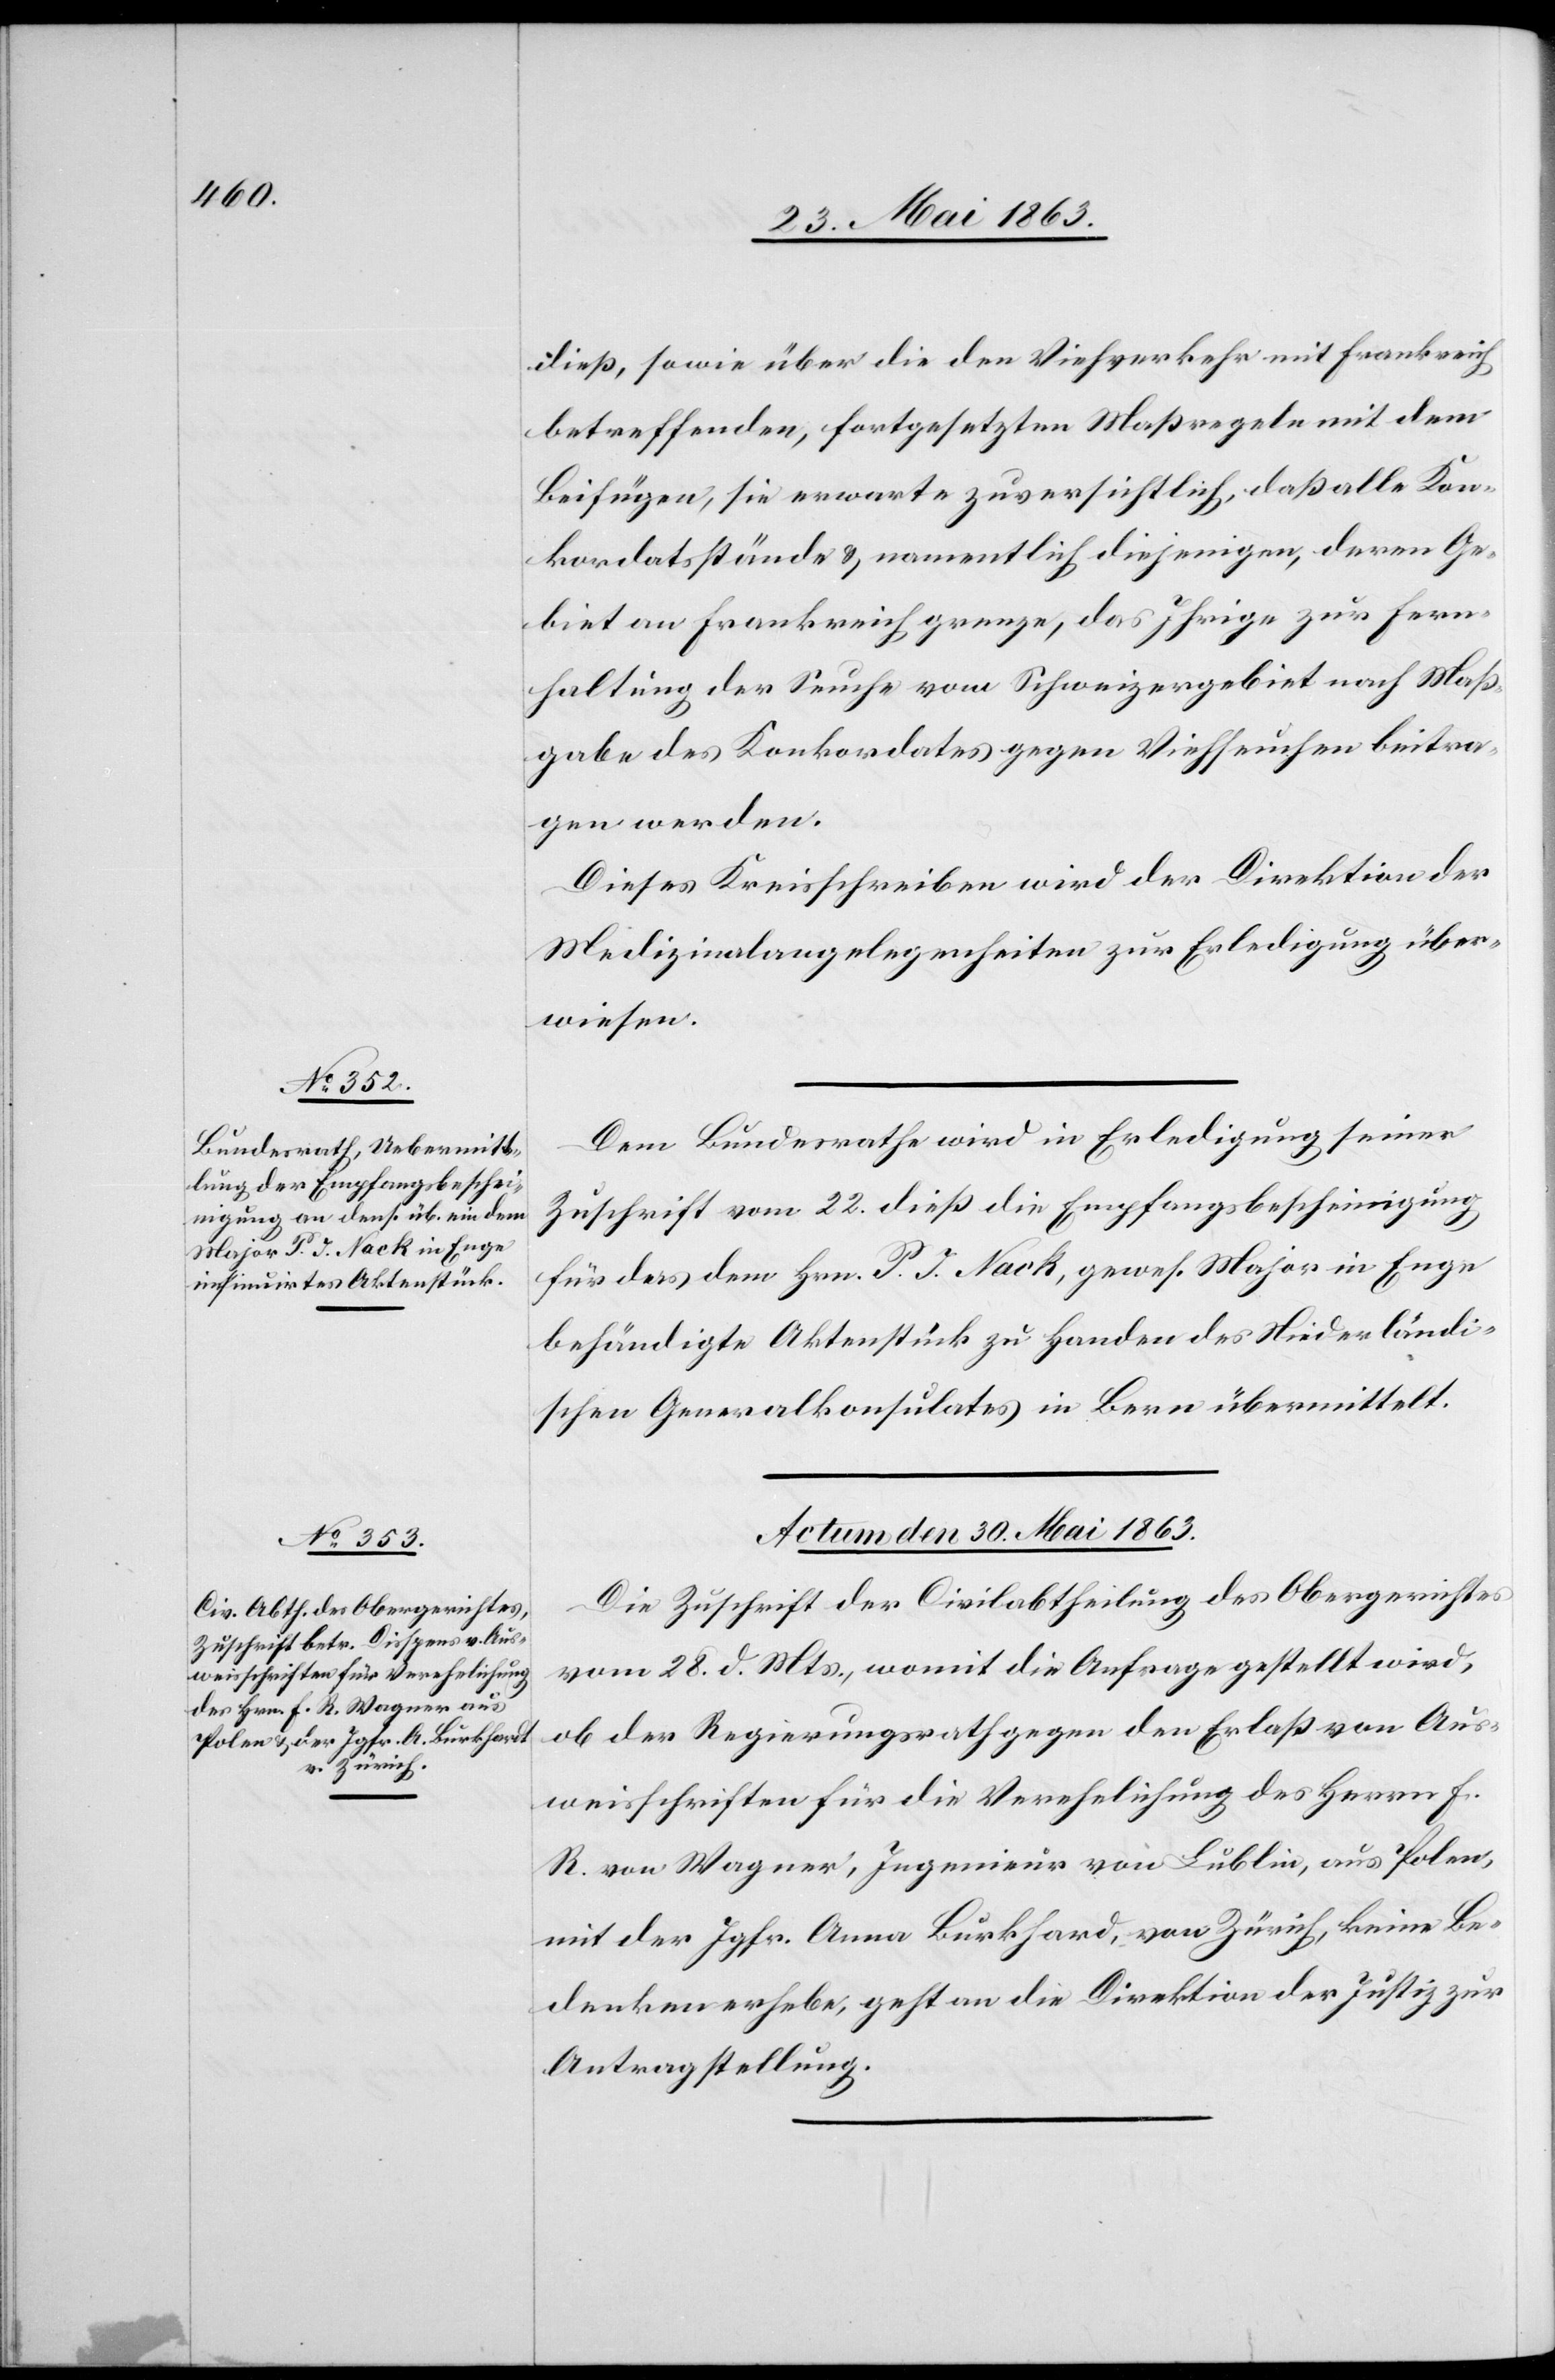
dieß, sowie über die den Viehverkehr mit Frankreich
betreffenden, fortgesetzten Maßregeln mit dem
Beifügen, sie erwarte zuversichtlich, daß alle Kon¬
kordatsstände & namentlich diejenigen, deren Ge¬
biet an Frankreich grenze, das Ihrige zur Fern¬
haltung der Seuche vom Schweizergebiet nach Maß¬
gabe des Konkordates gegen Viehseuche beitra¬
gen werden.
Dieses Kreisschreiben wird der Direktion der
Medizinalangelegenheiten zur Erledigung über¬
wiesen.
Dem Bundesrathe wird in Erledigung seiner
Zuschrift vom 22. dieß die Empfangsbescheinigung
für das dem Hrn. P. J. Nack, gewes. Major in Enge
behändigte Aktenstück zu Handen des Niederländi¬
schen Generalkonsulates in Bern übermittelt.
Actum den 30. Mai 1863.
Die Zuschrift der Civilabtheilung des Obergerichtes
vom 28. d. Mts., womit die Anfrage gestellt wird,
ob der Regierungsrath gegen den Erlaß von Aus¬
weisschriften für die Verehelichung des Herrn F.
R. von Wagner, Ingenieur von Lublin, aus Polen,
mit der Jgfr. Anna Burkhard [sic!], von Zürich, keine Be¬
denken erhebe, geht an die Direktion der Justiz zur
Antragstellung.